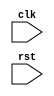
module timing_control_and_sync(
  input wire clk,
  input wire rst,
  // Add additional input/output ports as needed
);

  // Clock generation and synchronization module
  reg clk_internal;
  
  always @(posedge clk or posedge rst) begin
    if (rst) begin
      clk_internal <= 1'b0;
    end else begin
      clk_internal <= ~clk_internal;
    end
  end
  
  // Reset synchronization module
  always @(posedge clk or posedge rst) begin
    if (rst) begin
      // Synchronize reset signal
    end
  end
  
  // Data transfer timing management module
  // Add code for managing data transfer timing
  
  // Flow control signal management module
  // Add code for managing flow control signals
  
  // Bus arbitration module
  // Add code for arbitrating between multiple AXI bus transactions

endmodule